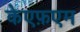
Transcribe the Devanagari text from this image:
केएफ़एम